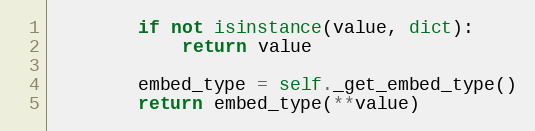
Language: Python
        if not isinstance(value, dict):
            return value

        embed_type = self._get_embed_type()
        return embed_type(**value)